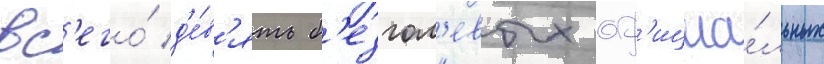
вс'его́ д'е́в'ять б'езгол'евых оф'ициа́льных